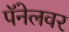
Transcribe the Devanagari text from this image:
पॅनेलवर